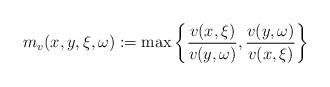
LaTeX: \begin{align*} m_v(x,y,\xi,\omega) := \max \left\{\frac{v(x,\xi)}{v(y,\omega)},\frac{v(y,\omega)}{v(x,\xi)}\right\} \end{align*}